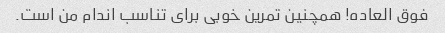
فوق العاده! همچنین تمرین خوبی برای تناسب اندام من است.